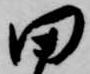
田